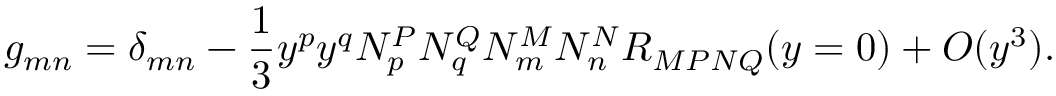
g _ { m n } = \delta _ { m n } - \frac { 1 } { 3 } y ^ { p } y ^ { q } N _ { p } ^ { P } N _ { q } ^ { Q } N _ { m } ^ { M } N _ { n } ^ { N } R _ { M P N Q } ( y = 0 ) + { \cal O } ( y ^ { 3 } ) .